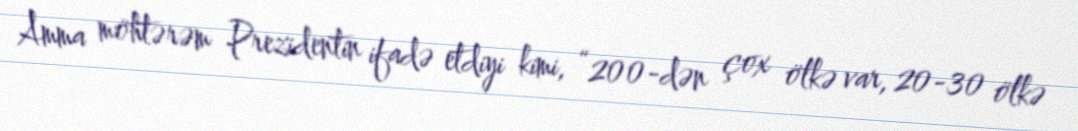
Amma möhtərəm Prezidentin ifadə etdiyi kimi, “200-dən çox ölkə var, 20-30 ölkə